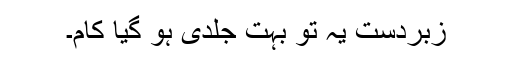
زبردست یہ تو بہت جلدی ہو گیا کام۔